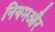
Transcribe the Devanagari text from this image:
नियमऔर